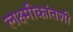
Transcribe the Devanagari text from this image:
लक्ष्मीकांतशी